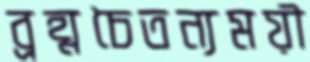
ব্রহ্মচৈতন্যময়ী